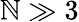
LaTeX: \mathbb{N}\gg3